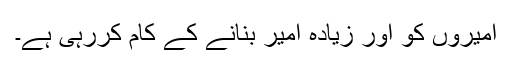
امیروں کو اور زیادہ امیر بنانے کے کام کررہی ہے۔